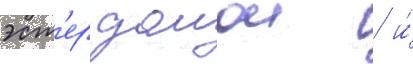
эст'ер домои / и́